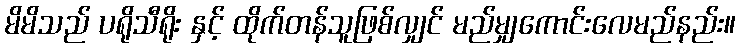
မိမိသည် ပရိုသီရိုး နှင့် ထိုက်တန်သူဖြစ်လျှင် မည်မျှကောင်းလေမည်နည်း။